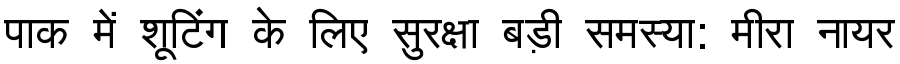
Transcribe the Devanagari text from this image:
पाक में शूटिंग के लिए सुरक्षा बड़ी समस्या: मीरा नायर